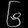
Digit: ၆